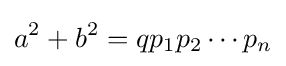
a^{2}+b^{2}=qp_{1}p_{2}\cdots p_{n}